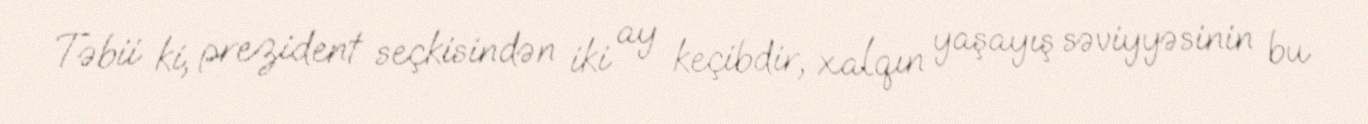
Təbii ki, prezident seçkisindən iki ay keçibdir, xalqın yaşayış səviyyəsinin bu